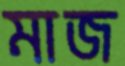
মাজ